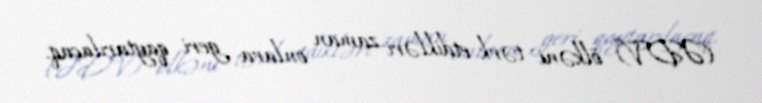
(ƏDV) ölkəni tərk etdikləri zaman onlara geri qaytarılacaq.